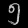
Digit: ၅